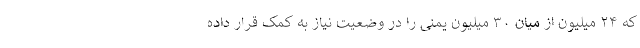
که ۲۴ میلیون از میان ۳۰ میلیون یمنی را در وضعیت نیاز به کمک قرار داده